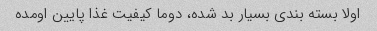
اولا بسته بندی بسیار بد شده، دوما کیفیت غذا پایین اومده